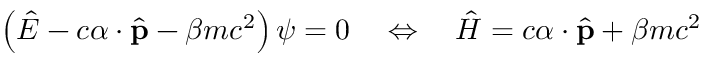
\left( { \hat { E } } - c { \boldsymbol { \alpha } } \cdot { \hat { \mathbf { p } } } - \beta m c ^ { 2 } \right) \psi = 0 \quad \Leftrightarrow \quad { \hat { H } } = c { \boldsymbol { \alpha } } \cdot { \hat { \mathbf { p } } } + \beta m c ^ { 2 }